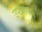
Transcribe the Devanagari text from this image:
उपग्रहपण